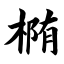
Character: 椭